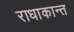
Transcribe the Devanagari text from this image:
राधाकान्‍त